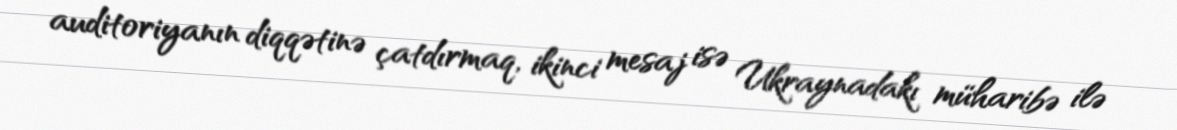
auditoriyanın diqqətinə çatdırmaq, ikinci mesaj isə Ukraynadakı müharibə ilə